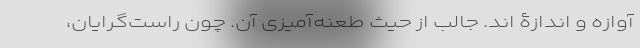
آوازه و اندازۀ ‌اند. جالب از حیث طعنه‌آمیزی آن. چون راست‌گرایان،